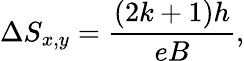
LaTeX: \Delta S_{x,y}=\frac{(2k+1)h}{eB},